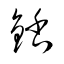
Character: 銛